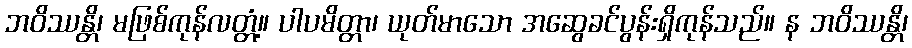
ဘဝိဿန္တိ၊ မဖြစ်ကုန်လတ္တံ့။ ပါပမိတ္တာ၊ ယုတ်မာသော အဆွေခင်ပွန်းရှိကုန်သည်။ န ဘဝိဿန္တိ၊